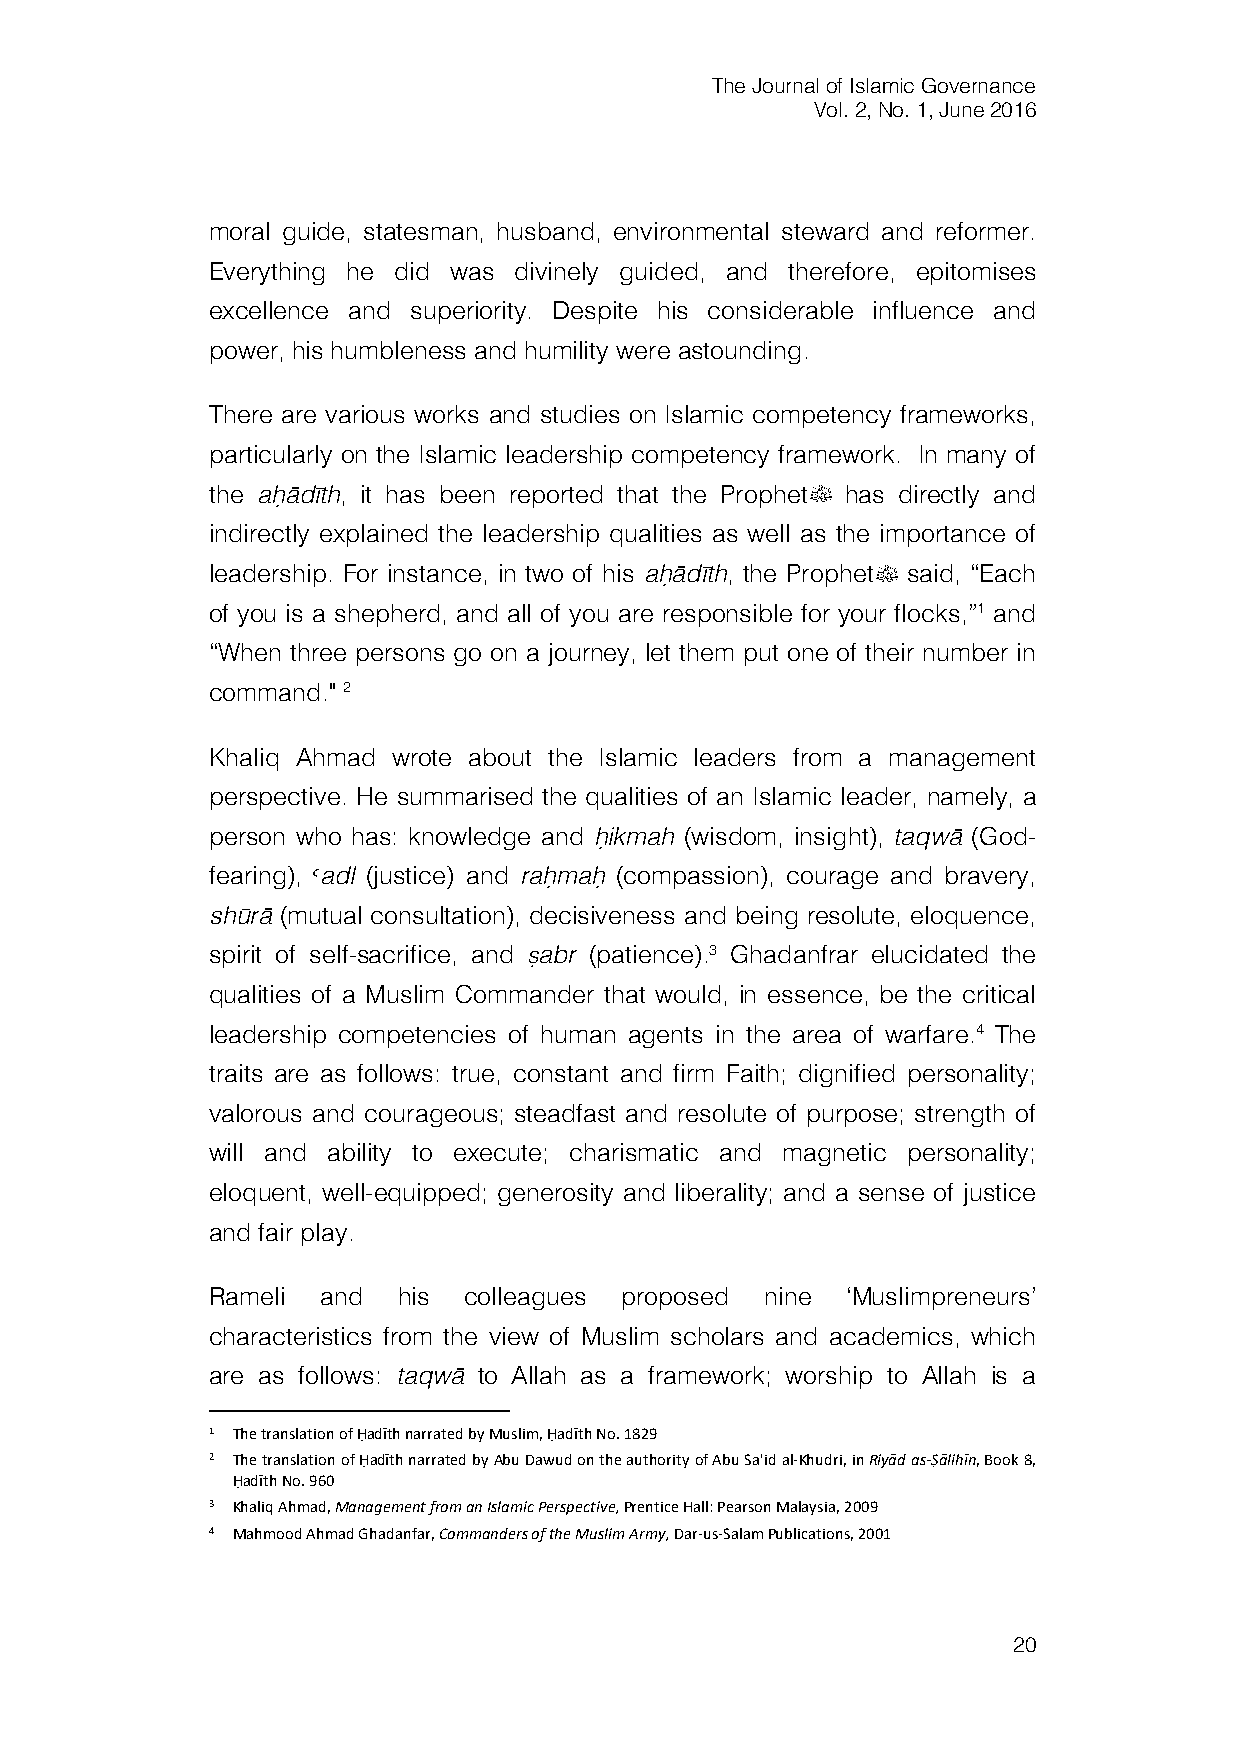
The Journal of Islamic Governance
 Vol. 2, No. 1, June 2016
 moral guide, statesman, husband, environmental steward and reformer.
 Everything he did was divinely guided, and therefore, epitomises
 excellence and superiority. Despite his considerable influence and
 power, his humbleness and humility were astounding.
 There are various works and studies on Islamic competency frameworks,
 particularly on the Islamic leadership competency framework. In many of
 the aḥādīth, it has been reported that the Prophetﷺ has directly and
 indirectly explained the leadership qualities as well as the importance of
 leadership. For instance, in two of his aḥādīth, the Prophetﷺ said, “Each
 of you is a shepherd, and all of you are responsible for your flocks,”1 and
 “When three persons go on a journey, let them put one of their number in
 command." 2
 Khaliq Ahmad wrote about the Islamic leaders from a management
 perspective. He summarised the qualities of an Islamic leader, namely, a
 person who has: knowledge and ḥikmah (wisdom, insight), taqwā (God-
 fearing), >adl (justice) and raḥmaḥ (compassion), courage and bravery,
 shūrā (mutual consultation), decisiveness and being resolute, eloquence,
 spirit of self-sacrifice, and ṣabr (patience).3 Ghadanfrar elucidated the
 qualities of a Muslim Commander that would, in essence, be the critical
 leadership competencies of human agents in the area of warfare.4 The
 traits are as follows: true, constant and firm Faith; dignified personality;
 valorous and courageous; steadfast and resolute of purpose; strength of
 will and ability to execute; charismatic and magnetic personality;
 eloquent, well-equipped; generosity and liberality; and a sense of justice
 and fair play.
 Rameli and  his  colleagues proposed nine ‘Muslimpreneurs’
 characteristics from the view of Muslim scholars and academics, which
 are as follows: taqwā to Allah as a framework; worship to Allah is a
 1 The translation of Ḥadīth narrated by Muslim, Ḥadīth No. 1829
 2 The translation of Ḥadīth narrated by Abu Dawud on the authority of Abu Sa'id al-Khudri, in Riyād as-Ṣālihīn, Book 8,
 Ḥadīth No. 960
 3 Khaliq Ahmad, Management from an Islamic Perspective, Prentice Hall: Pearson Malaysia, 2009
 4 Mahmood Ahmad Ghadanfar, Commanders of the Muslim Army, Dar-us-Salam Publications, 2001
 20